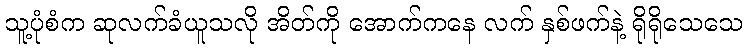
သူ့ပုံစံက ဆုလက်ခံယူသလို အိတ်ကို အောက်ကနေ လက် နှစ်ဖက်နဲ့ ရိုရိုသေသေ